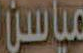
مياسن